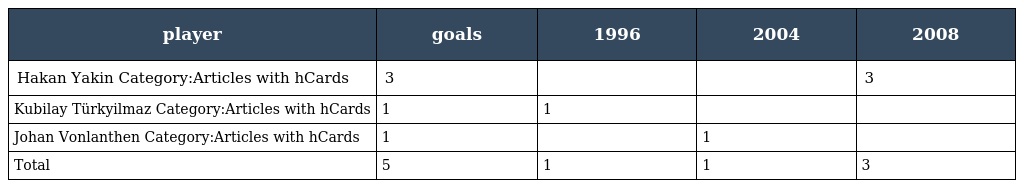
| player | goals | 1996 | 2004 | 2008 |
 | --- | --- | --- | --- | --- |
 | Hakan Yakin Category:Articles with hCards | 3 |  |  | 3 |
 | Kubilay Türkyilmaz Category:Articles with hCards | 1 | 1 |  |  |
 | Johan Vonlanthen Category:Articles with hCards | 1 |  | 1 |  |
 | Total | 5 | 1 | 1 | 3 |